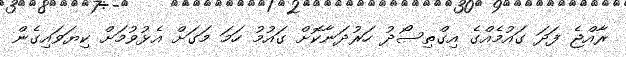
ރާއްޖެ ފަދަ ގައުމެއްގެ އިގްތިސޯދު ހަރުދަނާކޮށް ގައުމު ހަމަ މަގަށް އެޅުވުމަށް ކިޔަވައިގެން